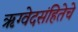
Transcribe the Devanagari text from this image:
ॠग्वेदसंहितेचे